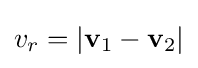
v_{r}=|\mathbf {v} _{1}-\mathbf {v} _{2}|